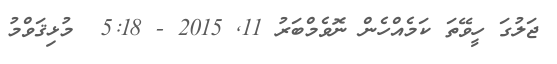
ޖަލުގަ ހީވޭތަ ކަމެއްހެން ނޮވެމްބަރު 11